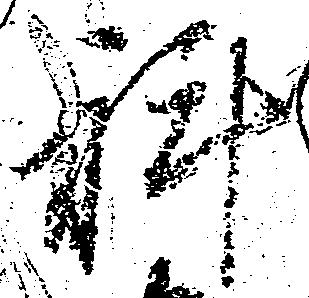
科